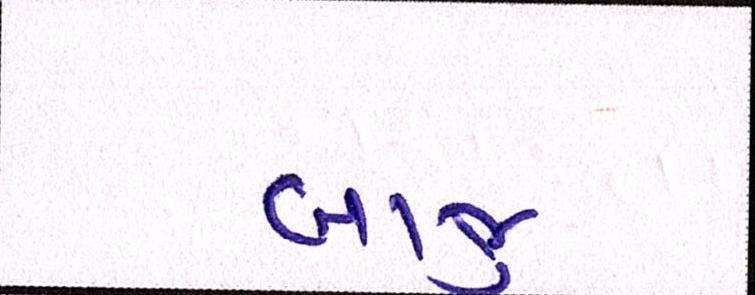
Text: બાજુ